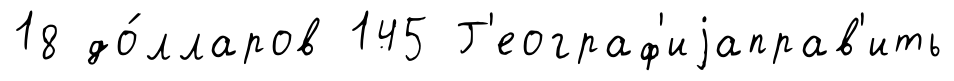
18 до́лларов 145 Г'еограф'иjаправ'ить